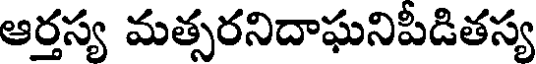
ఆర్తస్య మత్సరనిదాఘనిపీడితస్య